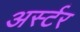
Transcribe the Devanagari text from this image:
अर्स्टर